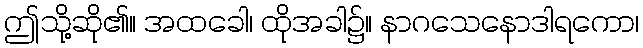
ဤသို့ဆို၏။ အထခေါ၊ ထိုအခါ၌။ နာဂသေနောဒါရကော၊